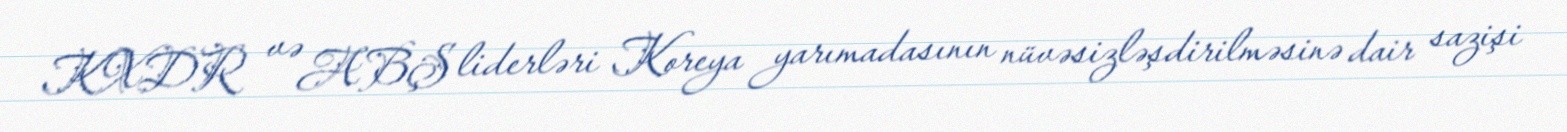
KXDR və ABŞ liderləri Koreya yarımadasının nüvəsizləşdirilməsinə dair sazişi